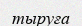
тыруға